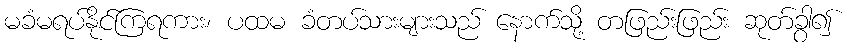
မခံမရပ်နိုင်ကြရကား၊ ပထမ ခံတပ်သားများသည် နောက်သို့ တဖြည်းဖြည်း ဆုတ်ခွာ၍